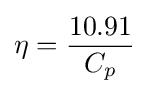
\eta ={\frac {10.91}{C_{p}}}